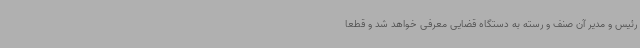
رئیس و مدیر آن صنف و رسته به دستگاه قضایی معرفی خواهد شد و قطعاً